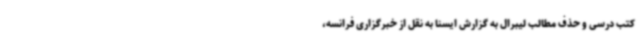
کتب درسی و حذف مطالب لیبرال به گزارش ایسنا به نقل از خبرگزاری فرانسه،